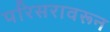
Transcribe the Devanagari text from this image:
परिसरावरून